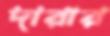
দারার